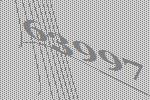
63997